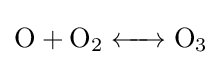
{\ce {O + O2 <-> O3}}